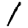
Digit: 1